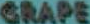
GRAPE